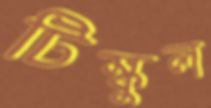
টিস্কুল